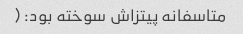
متاسفانه پیتزاش سوخته بود: (